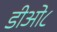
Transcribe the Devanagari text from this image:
डीओ८